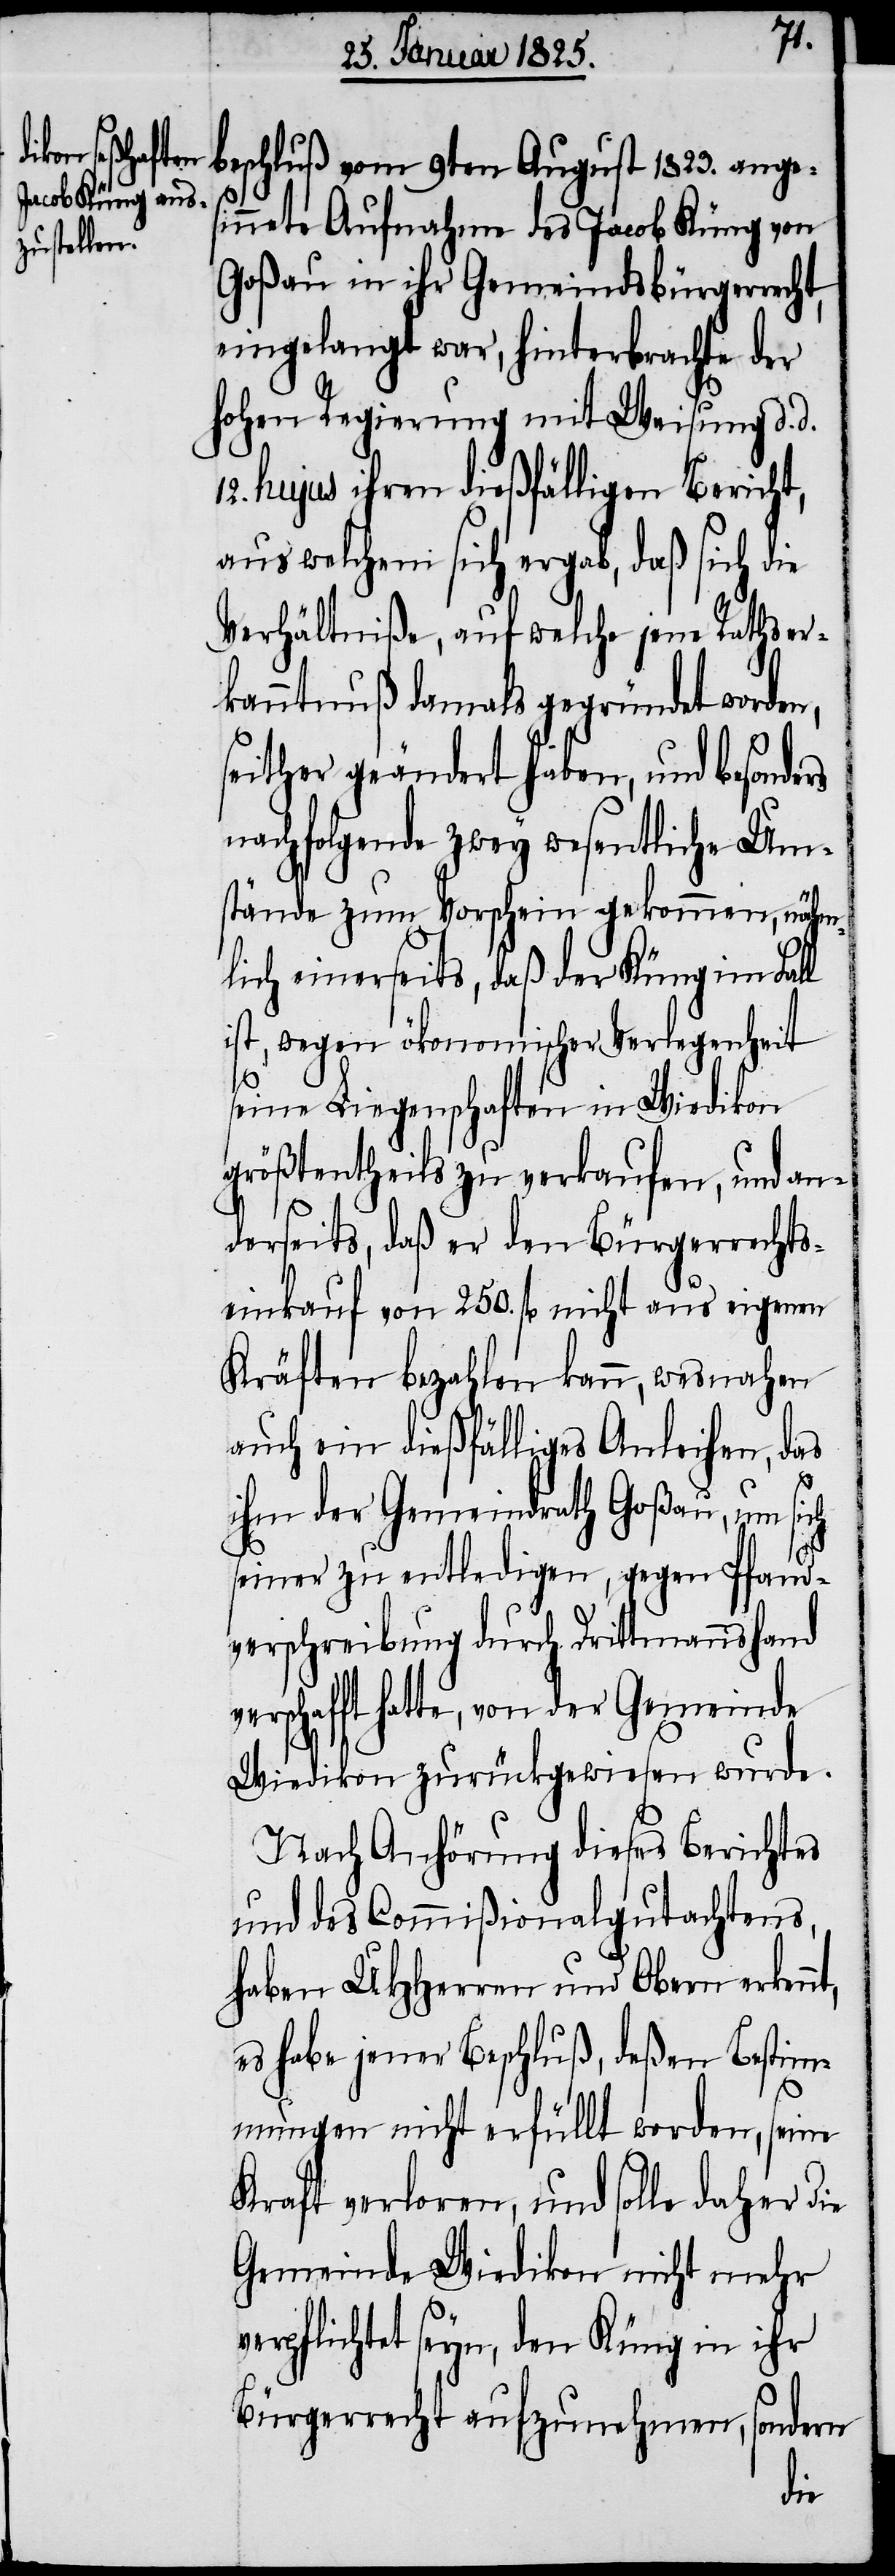
beschluß vom 9ten August 1823. ange¬
sinnete Aufnahme des Jacob Küng von
Goßau in ihr Gemeindsbürgerrecht,
eingelangt war, hinterbrachte der
hohen Regierung mit Weisung d. d.
12. hujus ihren dießfälligen Bericht,
aus welchem sich ergab, daß sich die
Verhältniße, auf welche jene Rathser¬
kanntnuß damals gegründet worde¬
seither geändert haben, und besonders
nachfolgende zwey wesentliche Um¬
stände zum Vorschein gekommen, nähm¬
lich einerseits, daß der Küng im Fal¬
ist, wegen ökonomischer Verlegenheit
seine Liegenschaften in Wiedikon
größtentheils zu verkaufen, und an¬
derseits, daß er den Bürgerrechts¬
einkauf von 250. fl nicht aus eigenen
Kräften bezahlen kann, wesnahen
auch ein dießfälliges Anleihen, das
so¬
ihm der Gemeindrath Goßau, um sich
seiner zu entledigen, gegen Pfand¬
verschreibung durch Drittmannshand
verschafft hatte, von der Gemeinde
Wiedikon zurückgewiesen wurde.
Nach Anhörung dieses Berichtes
und des Commißionalgutachtens,
haben UHHerren und Obern erkenn¬
es habe jener Beschluß, deßen Bestim¬
mungen nicht erfüllt worden, seine
Kraft verloren, und solle daher die
Gemeinde Wiedikon nicht mehr
verpflichtet seyn, den Küng in ihr
Bürgerrecht aufzunehmen,
ndern